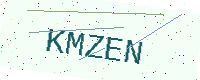
Text: KMZEN